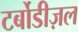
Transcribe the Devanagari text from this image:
टर्बोडीज़ल